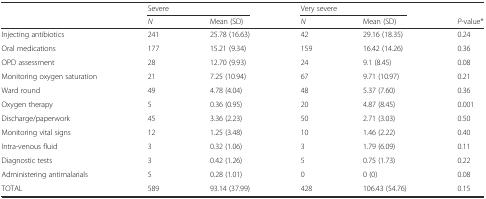
<table><thead><tr><td>[EMPTY_CELL]</td><td colspan="2"><b>Severe</b></td><td colspan="2"><b>Very severe</b></td><td>[EMPTY_CELL]</td></tr><tr><td>[EMPTY_CELL]</td><td><b><i>N</i></b></td><td><b>Mean (SD)</b></td><td><b><i>N</i></b></td><td><b>Mean (SD)</b></td><td><b><i>P</i>-value*</b></td></tr></thead><tbody><tr><td>Injecting antibiotics</td><td>241</td><td>25.78 (16.63)</td><td>42</td><td>29.16 (18.35)</td><td>0.24</td></tr><tr><td>Oral medications</td><td>177</td><td>15.21 (9.34)</td><td>159</td><td>16.42 (14.26)</td><td>0.36</td></tr><tr><td>OPD assessment</td><td>28</td><td>12.70 (9.93)</td><td>24</td><td>9.1 (8.45)</td><td>0.08</td></tr><tr><td>Monitoring oxygen saturation</td><td>21</td><td>7.25 (10.94)</td><td>67</td><td>9.71 (10.97)</td><td>0.21</td></tr><tr><td>Ward round</td><td>49</td><td>4.78 (4.04)</td><td>48</td><td>5.37 (7.60)</td><td>0.36</td></tr><tr><td>Oxygen therapy</td><td>5</td><td>0.36 (0.95)</td><td>20</td><td>4.87 (8.45)</td><td>0.001</td></tr><tr><td>Discharge/paperwork</td><td>45</td><td>3.36 (2.23)</td><td>50</td><td>2.71 (3.03)</td><td>0.50</td></tr><tr><td>Monitoring vital signs</td><td>12</td><td>1.25 (3.48)</td><td>10</td><td>1.46 (2.22)</td><td>0.40</td></tr><tr><td>Intra-venous fluid</td><td>3</td><td>0.32 (1.06)</td><td>3</td><td>1.79 (6.09)</td><td>0.11</td></tr><tr><td>Diagnostic tests</td><td>3</td><td>0.42 (1.26)</td><td>5</td><td>0.75 (1.73)</td><td>0.22</td></tr><tr><td>Administering antimalarials</td><td>5</td><td>0.28 (1.01)</td><td>0</td><td>0 (0)</td><td>0.08</td></tr><tr><td>TOTAL</td><td>589</td><td>93.14 (37.99)</td><td>428</td><td>106.43 (54.76)</td><td>0.15</td></tr></tbody></table>